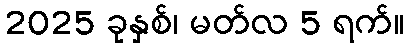
2025 ခုနှစ်၊ မတ်လ 5 ရက်။